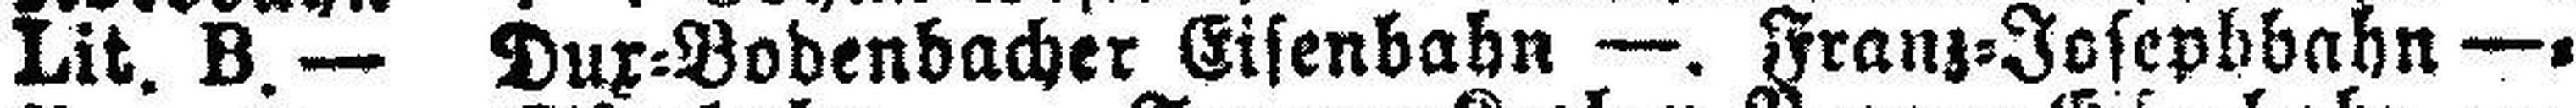
Lit. B.— Dux=Bodenbacher Eisenbahn —. Franz=Josephbahn —.